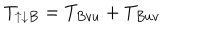
T _ { \uparrow \downarrow B } = T _ { B v u } + T _ { B u v }